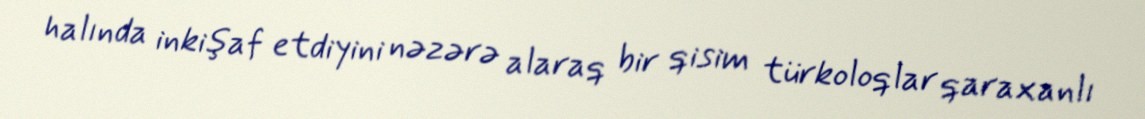
halında inkişaf etdiyini nəzərə alaraq bir qisim türkoloqlar qaraxanlı